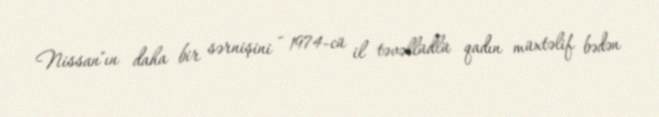
Nissan"ın daha bir sərnişini - 1974-cü il təvəllüdlü qadın müxtəlif bədən